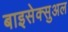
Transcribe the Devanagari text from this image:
बाइसेक्सुअल